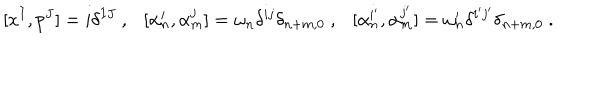
[ x ^ { I } , p ^ { J } ] = i \delta ^ { I J } ~ , [ \alpha _ { n } ^ { i } , \alpha _ { m } ^ { j } ] = \omega _ { n } \delta ^ { i j } \delta _ { n + m , 0 } ~ , [ \alpha _ { n } ^ { i ^ { \prime } } , \alpha _ { m } ^ { j ^ { \prime } } ] = \omega _ { n } ^ { \prime } \delta ^ { i ^ { \prime } j ^ { \prime } } \delta _ { n + m , 0 } ~ .